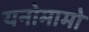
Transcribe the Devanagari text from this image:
यनोमामो